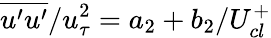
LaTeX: \overline{{u^{\prime}u^{\prime}}}/u_{\tau}^{2}=a_{2}+b_{2}/U_{cl}^{+}